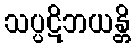
သပ္ပဋိဘယန္တိ